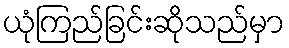
ယုံကြည်ခြင်းဆိုသည်မှာ